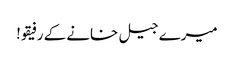
میرے جیل خانے کے رفیقو!